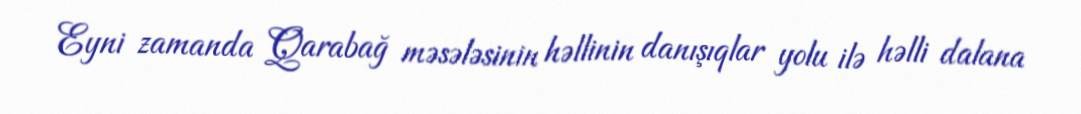
Eyni zamanda Qarabağ məsələsinin həllinin danışıqlar yolu ilə həlli dalana